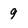
Character: 9